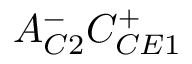
A _ { C 2 } ^ { - } C _ { C E 1 } ^ { + }